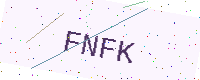
Text: FNFK